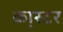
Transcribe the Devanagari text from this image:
का्स्‍टर